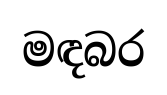
මඳබර